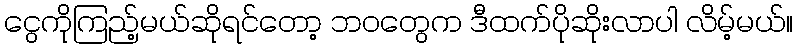
ငွေကိုကြည့်မယ်ဆိုရင်တော့ ဘဝတွေက ဒီထက်ပိုဆိုးလာပါ လိမ့်မယ်။